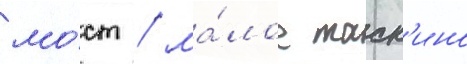
мо́ст / ма́лое таск'ино